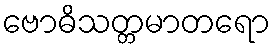
ဗောဓိသတ္တမာတရော